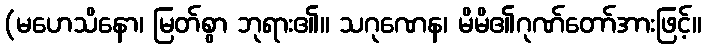
(မဟေသိနော၊ မြတ်စွာ ဘုရား၏။ သဂုဏေန၊ မိမိ၏ဂုဏ်တော်အားဖြင့်။